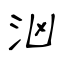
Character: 汹